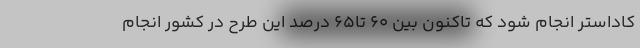
کاداستر انجام شود که تاکنون بین ۶۰ تا۶۵ درصد این طرح در کشور انجام